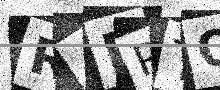
Text: RADRTO